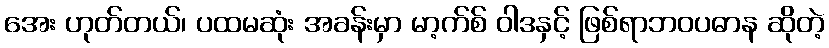
အေး ဟုတ်တယ်၊ ပထမဆုံး အခန်းမှာ မာ့က်စ် ဝါဒနှင့် ဖြစ်ရာဘဝပဓာန ဆိုတဲ့